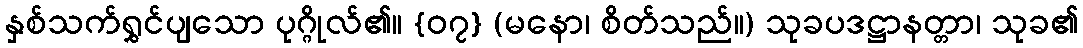
နှစ်သက်ရွှင်ပျသော ပုဂ္ဂိုလ်၏။ {၀၇} (မနော၊ စိတ်သည်။) သုခပဒဋ္ဌာနတ္တာ၊ သုခ၏